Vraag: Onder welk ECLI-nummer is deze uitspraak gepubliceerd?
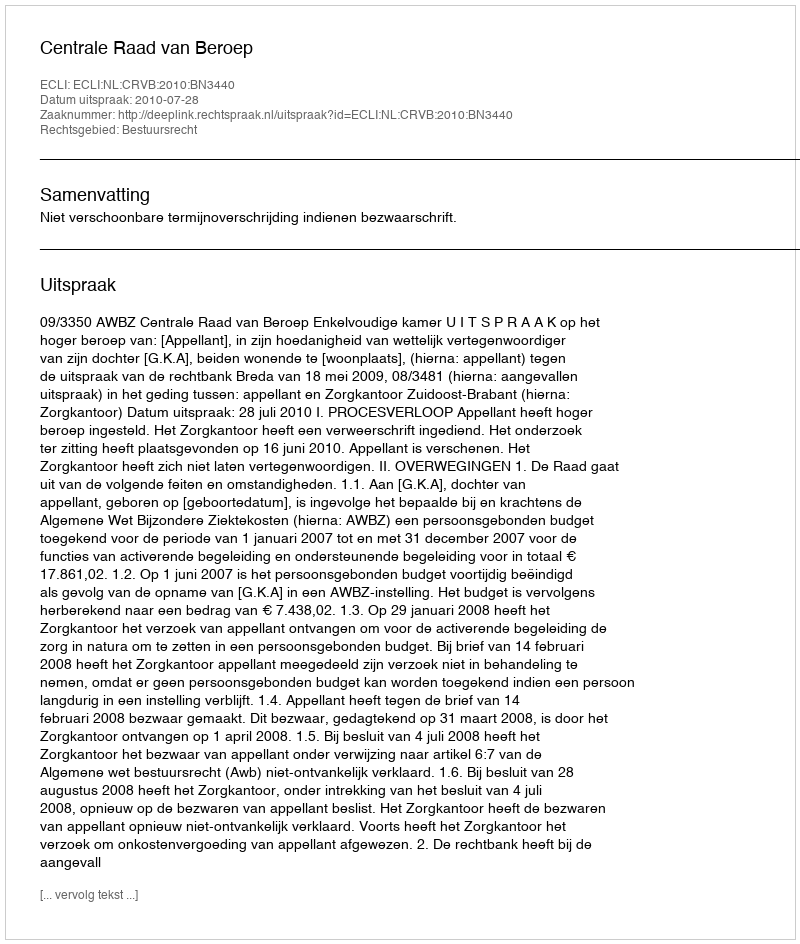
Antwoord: ECLI:NL:CRVB:2010:BN3440